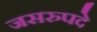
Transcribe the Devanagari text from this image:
जसरुपदे